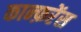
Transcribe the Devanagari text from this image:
कान्फ़रेंस